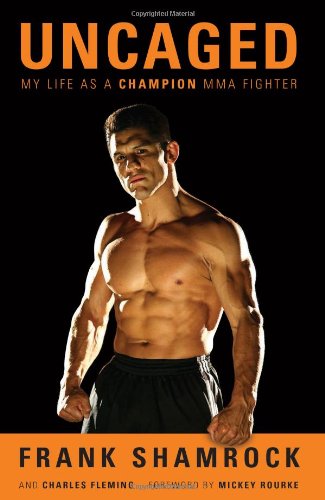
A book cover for Uncaged: My Life as a Champion MMA Fighter; Frank Shamrock; Sports & Outdoors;